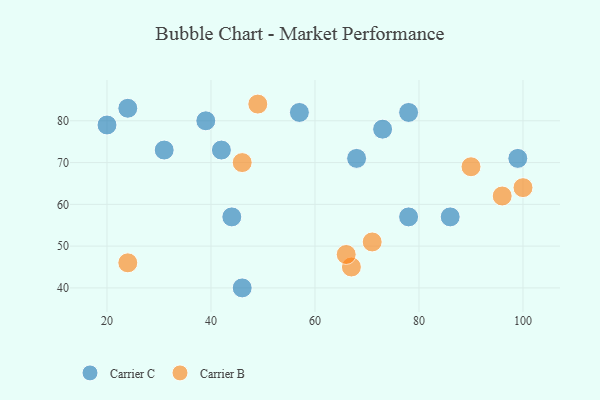
{"axis": {"x": "GDP", "y": "Life Expectancy"}, "legend": ["Carrier B", "Carrier C"], "data": [{"x": "42", "y": 73, "type": "Carrier C"}, {"x": "46", "y": 40, "type": "Carrier C"}, {"x": "44", "y": 57, "type": "Carrier C"}, {"x": "73", "y": 78, "type": "Carrier C"}, {"x": "68", "y": 71, "type": "Carrier C"}, {"x": "99", "y": 71, "type": "Carrier C"}, {"x": "86", "y": 57, "type": "Carrier C"}, {"x": "20", "y": 79, "type": "Carrier C"}, {"x": "78", "y": 82, "type": "Carrier C"}, {"x": "24", "y": 83, "type": "Carrier C"}, {"x": "39", "y": 80, "type": "Carrier C"}, {"x": "78", "y": 57, "type": "Carrier C"}, {"x": "31", "y": 73, "type": "Carrier C"}, {"x": "57", "y": 82, "type": "Carrier C"}, {"x": "67", "y": 45, "type": "Carrier B"}, {"x": "24", "y": 46, "type": "Carrier B"}, {"x": "49", "y": 84, "type": "Carrier B"}, {"x": "96", "y": 62, "type": "Carrier B"}, {"x": "66", "y": 48, "type": "Carrier B"}, {"x": "100", "y": 64, "type": "Carrier B"}, {"x": "46", "y": 70, "type": "Carrier B"}, {"x": "71", "y": 51, "type": "Carrier B"}, {"x": "90", "y": 69, "type": "Carrier B"}]}